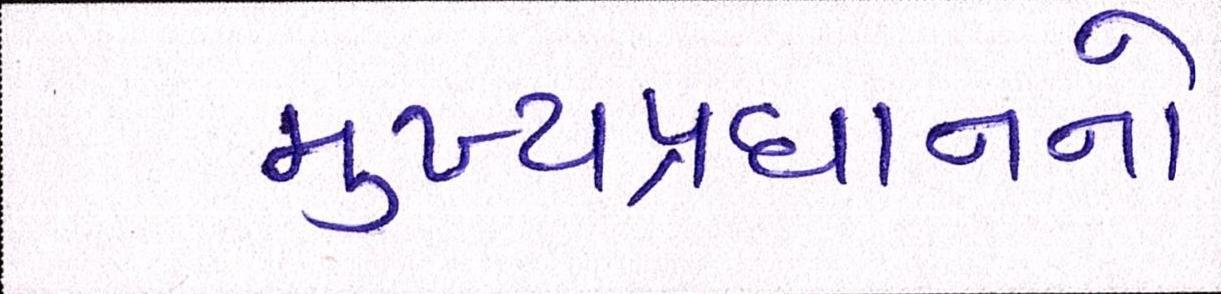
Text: મુખ્યપ્રધાનનો